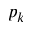
p _ { k }